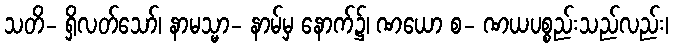
သတိ- ရှိလတ်သော်၊ နာမသ္မာ- နာမ်မှ နောက်၌၊ ဏယော စ- ဏယပစ္စည်းသည်လည်း၊